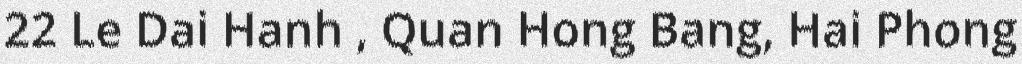
22 Le Dai Hanh , Quan Hong Bang, Hai Phong